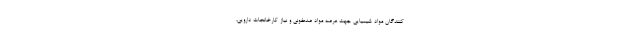
کنندگان مواد شیمیایی جهت عرضه مواد ضدعفونی و نیاز کارخانجات دارویی،